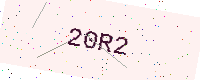
Text: 20R2